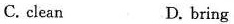
C. clean D. bring